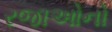
રજાઓનો